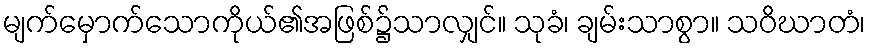
မျက်မှောက်သောကိုယ်၏အဖြစ်၌သာလျှင်။ သုခံ၊ ချမ်းသာစွာ။ သဝိဃာတံ၊